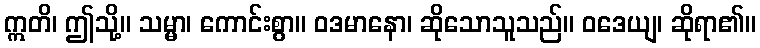
ဣတိ၊ ဤသို့။ သမ္မာ၊ ကောင်းစွာ။ ဝဒမာနော၊ ဆိုသောသူသည်။ ဝဒေယျ၊ ဆိုရာ၏။